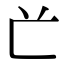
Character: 𠔄